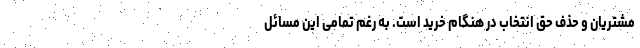
مشتریان و حذف حق انتخاب در هنگام خرید است. به رغم تمامی این مسائل